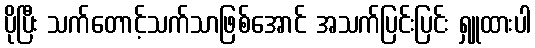
ပိုပြီး သက်တောင့်သက်သာဖြစ်အောင် အသက်ပြင်းပြင်း ရှူထားပါ